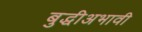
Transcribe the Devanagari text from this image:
बुद्धीअभावी